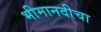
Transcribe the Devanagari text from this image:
भीमानदीचा